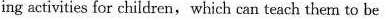
ing activities for children, which can teach them to be